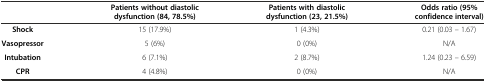
|  | Patients without diastolic dysfunction (84, 78.5%) | Patients with diastolic dysfunction (23, 21.5%) | Odds ratio (95% confidence interval) |
 | --- | --- | --- | --- |
 | Shock | 15 (17.9%) | 1 (4.3%) | 0.21 (0.03 – 1.67) |
 | Vasopressor | 5 (6%) | 0 (0%) | N/A |
 | Intubation | 6 (7.1%) | 2 (8.7%) | 1.24 (0.23 – 6.59) |
 | CPR | 4 (4.8%) | 0 (0%) | N/A |